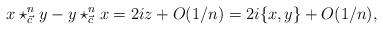
LaTeX: \begin{align*}x\star_{\vec{c}}^{n}y-y\star_{\vec{c}}^{n}x=2iz+O(1/n)=2i\{x,y\}+O(1/n),\end{align*}